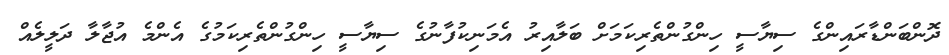
ދޮންބަންޑާރައިންގެ ސިޔާސީ ހިންގުންތެރިކަމަށް ބަލާއިރު އެމަނިކުފާނުގެ ސިޔާސީ ހިންގުންތެރިކަމުގެ އެންމެ އުޖާލާ ދަލީލެއް